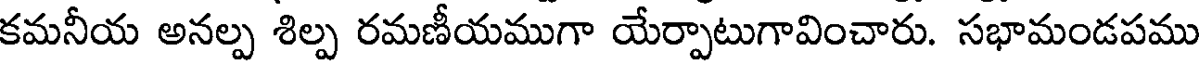
కమనీయ అనల్ప శిల్ప రమణీయముగా యేర్పాటుగావించారు. సభామండపము